Vital statistics of India. Vol. VI, European troops 1870-79
Year: 1870
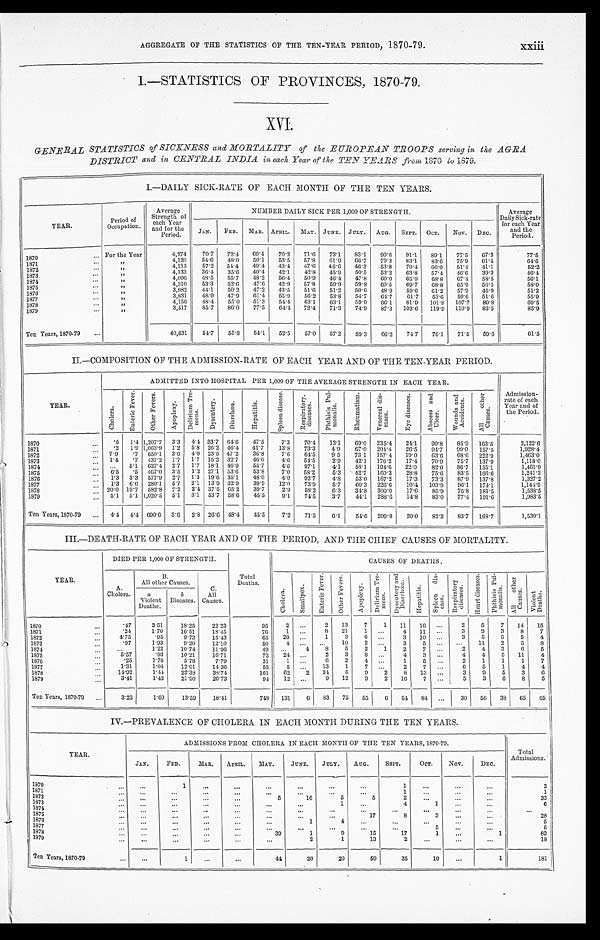
AGGREGATE OF THE STATISTICS OF THE TEN-YEAR PERIOD, 1870-79.
xxiii
I.—STATISTICS OF PROVINCES, 1870-79.
XVI.
GENERAL STATISTICS of SICKNESS and MORTALITY of the EUROPEAN TROOPS serving in the AGRA
DISTRICT and in CENTRAL INDIA in each Year of the TEN YEARS from 1870 to 1879.
I.—DAILY SICK-RATE OF EACH MONTH OF THE TEN YEARS.
YEAR.
Period of
Occupation.
Average
Strength of
each Year
and for the
Period
NUMBER DAILY SICK PER 1,000 OF STRENGTH.
Average
Daily Sick-rate
for each Year
and the
Period.
JAN. FEB. MAR. APRIL. MAY. J UNE. J ULY. AUG. SEPT. OCT. Nov. DEC.
1870
For the Year
4,274
70.7 72.4 69.4 70.2 71.6 73.1 83.1 90.6 91.1 89.1
77.5 67.3
77.5
1871 ...
, ,
4,120
54.6 48.0 50.1 53.5 57.8 61.9 66.7 79.3 83.1 83.6 75.9 61.4
64.6
1872 ...
, ,
4,213
57.2 54.4 49.4 43.4 47.6 46.6 46.3 53.8 70.4 60.0 51.4 41.1.
52.2
1873 ...
, ,
4,133
36.4 35.6 40.4 42.1
42.8 45.9 50.5 53.2 63.8 57.4 46.6 39.3
46.4
1874 ...
, ,
4,096
48.5 55.7 48.2 56-4 50.9 40.4 47.8 60.0 65.9 68.8 67.4 58.5
56.1
1875 ...
, ,
4,310
53.3
52.6 47.0 42.9 57.8
59.9 59.8 60.5
69.7 68.8 65.9 56.5
58.0
1876 ......
, ,
3,982
44..1 50.2 47.2 43.5 51.6 51.2 50.6 48.9 59.6 61.2 57.9 45.9
51.2
...
1877
, ,
3,831
48.9 47.9 61.4 55.9 56.2 53.8 54.7 64.7
61.7 53.6 59.6 51.6
55.9
1878
, ,
4,156
48.4 55.0 51.3 54.4 63.1 63.1
59.9 66.1 81.9 101.8 107.7 89.8
69.5
1879
1879
3,517
85.7 86.0 77.5 64-4 72.4 71.3 74.9 87.3 103.6 119.0 110.9 83.5
85.9
Ten Years, 1870-79
...
40,631
54-7
55.8 54.1 52.5
57.0 57.2 59.3
66.2 74.7 76.1 71.5 59-6
61.5
II.—COMPOSITION OF THE ADMISSION-RATE OF EACH YEAR AND OF THE TEN-YEAR PERIOD.
YEAR.
ADMITTED INTO HOSPITAL PER 1,000 OF THE AVERAGE STRENGTH IN EACH YEAR.
Admission-
rate of each
Year and of
the Period.
C h o l e r a .
E n t e r i c F e v e r .
O t h e r F e v e r s .
A p o p l e x y .
D e l i r i u m T r e - m e n s .
D y s e n t e r y .
D i a r r h œ a .
H e p a t i t i s .
S p l e e n d i s e a s e .
R e s p i r a t o r y . d i s e a s e s .
P h t h i s i s P u l - m o n a l i s .
R h e u m a t i s m .
V e n e r e a l d i s - e a s e s .
E y e d i s e a s e s .
A b s c e s s a n d U l c e r .
W o u n d s
a n d
A c c i d e n t s .
A l l o t h e r
C a u s e s .
1870
.5 1.4 1,207.7 3.3 4.4 33.7 64.6 47.5
7.3
70.4 13.1
69.0 235.4 24.1
90.8
85.9 163.5
2,122.6
. . .
1871
.2 1.9 1,063.9 1.2 5.8 26.2 46.4 41.7
13.8 73.3
4.9
67.0 204.4 26.5 94.7 99.0 157.5
1,928.4
1872
7.9 .7 650.1 3.6 4.0 23.5 47.2
36.8
7.6 64.5
9.5 73 .1 157.4 19.0 63.6 68.6 222.9
1,463.0
1873
... 1-4 .7 437.2 1.7 1.7 15.2 32.7
46.0
4.6 54.5
2.9
42.1 176.2 17.4 70.9 75.7 137.9
1,118.0
1874
. . . 5.1 627.4 2.7 1.7 18.1 46.9
55.7
4.6 97.1
4.1
58.1 194.6 22.0
82.0 86.7 155.1
1,461.9
. . .
1875
6.5 .5 467.0 3.5 1.2 27.1 53.6
53.8
7.0 58.2
5.3 42.7 160.3 28.8 75.6 83.5 166.6
1,241.3
1876 ...
1.3 3.3 577.9 2.7 1.3 19.6 35.1
48.0
4.0 92.7
4.8
53.0 167.2
17.3 73.3 87.9 137.8
1,327.2
1877
1.3 6.0 280.1 5.7 2.1 13.9 32.9
39.9
12.0 73.9
5.7
60.3 226.6 10.4 103.9 96.1 174.1
1,144.9
.
1878
.. 20.0 19.7 532.8 7.2 2.4 37.5 65.2 39.7
2.9 58.2
6.3
34.8 300.0 17.6
85.9 76.8 181.5
1,538.5
1879
. 5.1 5.1 1,020.5 5.1 3.1 53.7 58.6
45.5
9.1 7.45
3.7
44.1 288.6 14.8
83.0 77.4 191.6
1,983.5
Ten Years, 1870-79 ... 4.4 4.4 690.6 3.6 2.8 26.6 48.4 45.5
7.2 71.5
6.1
54.6 209.8
20.0 82.2 83.7 168.1
1,530.1
III.—DEATH-RATE OF EACH YEAR AND OF THE PERIOD, AND THE CHIEF CAUSES OF MORTALITY.
YEAR.
DIED PER 1,000 OF STRENGTH.
Tota
Deaths.
CAUSES OF DEATHS .
A.
Cholera.
B.
All other Causes.
C.
All
Causes.
C h o l e r a .
S m a l l p o x .
E n t e r i c F e v e r .
O t h e r
F e v e r s .
A p o p l e x y .
D e l i r i u m
T r e - m e n s .
D y s e n t e r y
a n d D i a r r h œ a .
H e p a t i t i s .
S p l e e n d i s - e a s s .
R e s p i r a t o r y d i s e a s e s . . .
H e a r t d i s e a s e s .
P h t h i s i s P u l - m o n a l i s
A l l o t h e r C a u s e s .
V i o l e n t
D e a t h s .
a
Violent
Deaths.
b
Diseases.
1870
. . .
.47
3.51
18.25
22.23
95
2
. . .
2 13
7
1 11 16 . . .
2
5
7 14 15
1871
.24
1.70
16.51
18.45
76
1
. . .
8 21
1
. . . 4 11
. . .
3
9
3
8
7
1872
...
4.75
.95
9.73
15.43
65
20
. . .
1
3
6
. . . 3 10
. . .
3
5
5
5
4
1873
...
.97
1.93
9-20
12.10
50
4 . . .
. . . 10
2
. . .
3
5 . . .
. . . 11
2
5
8
..
1874
... ...
1.22
10.74
11.96
49
. . .
4
8
5
2
1
2
7 . . .
2
4
3
6
5
1875
5.57
.93
10.21
16.71
72 .24 . . .
2
3
8
. . .
4
3
. . .
4
4
5 11
4
1876
. . . .25
1.76
5.78
7.79
31
1
. . .
6
2
4
. . .
1
5 . . .
2
1
1
1
7
1877
1.31
1.04
12.01
14.36
55
5
. . . 13
1
7
. . .
2
7 . . .
6
5
1
4
4
1878
14.92
1.44
. 2 2 . 8 9
33.74
161
62
2 34
5
9
2
8 13
. . .
3
9
5
3
6
1879 ..
... .
3.41
1.42
21.90
.
26.73
9.4 12 . . .
9 12
9
2 16 7
. . .
5
3
6
8
5
Ten Years, 1870-79 ...
3.22
1.60
13.59
18.41
748 131
6 83 I75 55
6 54 84 . . .
30 56 38 65 65
IV.—PREVALENCE OF CHOLERA. IN EACH MONTH DURING THE TEN YEARS.
YEAR.
ADMISSIONS FROM CHOLERA IN EACH MONTH OF THE TEN YEARS, 1870-79.
Total
Admissions.
JAN.
FED.
MAR. APRIL. MAY.
JUNE. JULY.
AUG.
SEPT.
OCT.
Nov.
DEC.
1870...
. . .
1
. . .
. . .
. . .
. . .
. . .
1
. . .
. . .
. . .
2
1871
. . .
. . .
. . . ...
. . .
. . .
. . .
. . .
1
. . .
. . .
. . .
1
. . .
1872
. . .
. . .
. . .
5
16
5
5
2
. . . .
. . .
. . .
33
1873
...
. . .
. . .
. . .
. . . . . .
. . .
. . .
1
. . .
4
1
. . .
. . .
6
1874
. . .
. . .
. . .
. . .
. . .
. . .
. . .
. . .
. . .
. . .
. . .
. . .
. . .
1875...
. . .
. . .
. . .
. . .
. . .
. . .
. . .
17
8
3
. . .
. . .
28
1876
. . .
. . .
. . .
. . .
. . .
1
4
. . .
. . .
. . .
. . .
. . .
5
1877
. . .
. . .
. . .
. . .
. . .
. . .
. . .
. . .
. . .
5
. . .
. . .
5
1878
. . .
. . .
. . .
. . .
39
1
9
15
17
1
. . .
1
83
1879
.
..
. . .
. . .
. . .
. . .
. . .
2
1
13
2
. . .
. . .
. . .
18
Ten Years, 1870-79
. . .
1
. . .
. . .
44
20
20
50
35
10
. . .
1
181